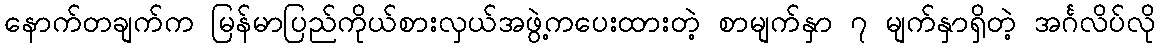
နောက်တချက်က မြန်မာပြည်ကိုယ်စားလှယ်အဖွဲ့ကပေးထားတဲ့ စာမျက်နှာ ၇ မျက်နှာရှိတဲ့ အင်္ဂလိပ်လို